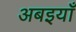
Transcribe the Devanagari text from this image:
अबइयाँ